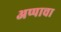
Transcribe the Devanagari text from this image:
अप्पाचा